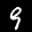
Label: 9